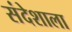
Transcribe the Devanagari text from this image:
संदेशाला